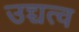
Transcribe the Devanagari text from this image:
उच्चत्व